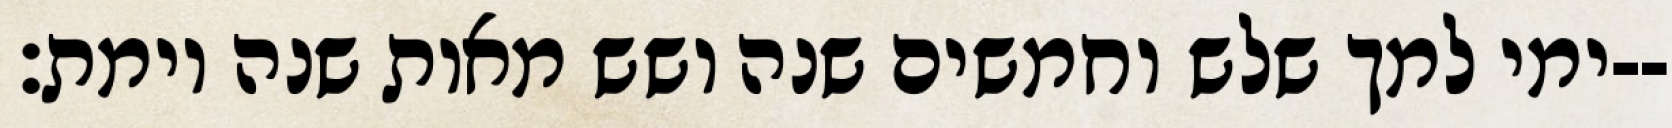
ימי למך שלש וחמשים שנה ושש מאות שנה וימת׃--